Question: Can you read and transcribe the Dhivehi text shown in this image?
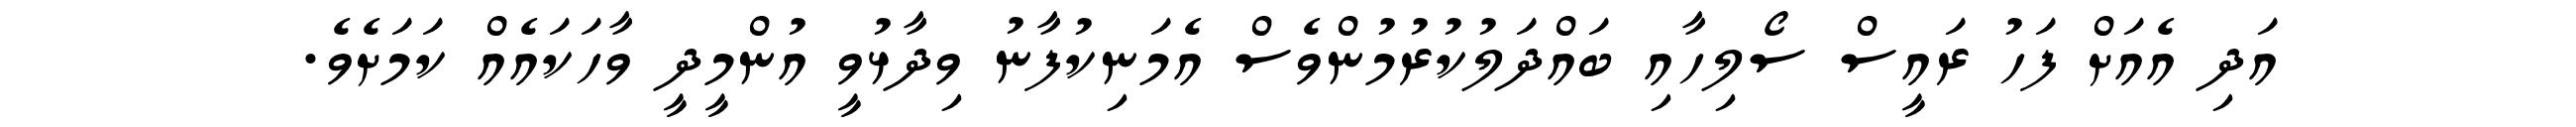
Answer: އަދި އެއަށް ފަހު ރައީސް ސޯލިހާއި ބައްދަލުކުރުމުންވެސް އެމަނިކުފާނު ވިދާޅުވީ އުންމީދީ ވާހަކައެއް ކަމަށެވެ.